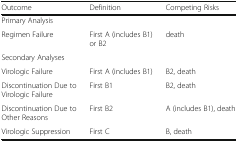
| Outcome | Definition | Competing Risks |
 | --- | --- | --- |
 | <COLSPAN=3> Primary Analysis |
 | Regimen Failure | First A (includes B1) or B2 | death |
 | <COLSPAN=3> Secondary Analyses |
 | Virologic Failure | First A (includes B1) | B2, death |
 | Discontinuation Due to Virologic Failure | First B1 | B2, death |
 | Discontinuation Due to Other Reasons | First B2 | A (includes B1), death |
 | Virologic Suppression | First C | B, death |